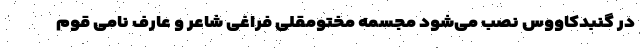
در گنبدکاووس نصب می‌شود مجسمه مختومقلی فراغی شاعر و عارف نامی قوم